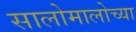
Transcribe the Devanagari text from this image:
सालोमालोच्या